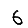
Digit: 6